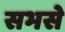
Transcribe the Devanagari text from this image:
सभसे